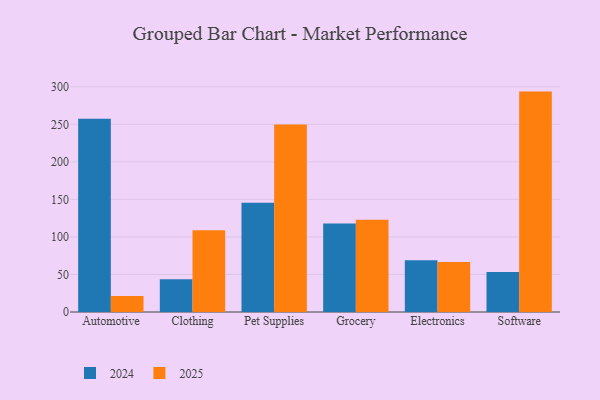
{"axis": {"x": "Category", "y": "Shipments"}, "legend": ["2024", "2025"], "data": [{"x": "Automotive", "y": 21.3, "type": "2025"}, {"x": "Automotive", "y": 257.3, "type": "2024"}, {"x": "Clothing", "y": 109.0, "type": "2025"}, {"x": "Clothing", "y": 43.7, "type": "2024"}, {"x": "Pet Supplies", "y": 249.9, "type": "2025"}, {"x": "Pet Supplies", "y": 145.7, "type": "2024"}, {"x": "Grocery", "y": 122.9, "type": "2025"}, {"x": "Grocery", "y": 117.8, "type": "2024"}, {"x": "Electronics", "y": 66.6, "type": "2025"}, {"x": "Electronics", "y": 68.8, "type": "2024"}, {"x": "Software", "y": 293.6, "type": "2025"}, {"x": "Software", "y": 53.3, "type": "2024"}]}